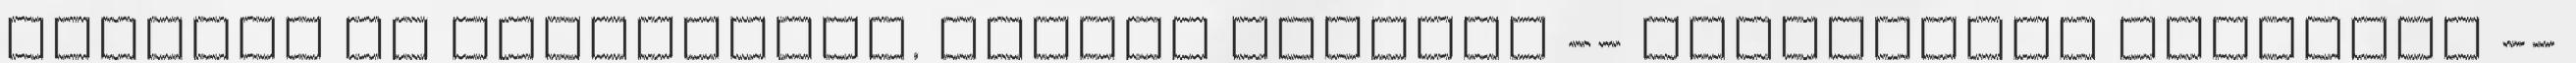
alapján is értékelték. Tavaly viszont -- rendkívüli esetként --